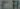
CR